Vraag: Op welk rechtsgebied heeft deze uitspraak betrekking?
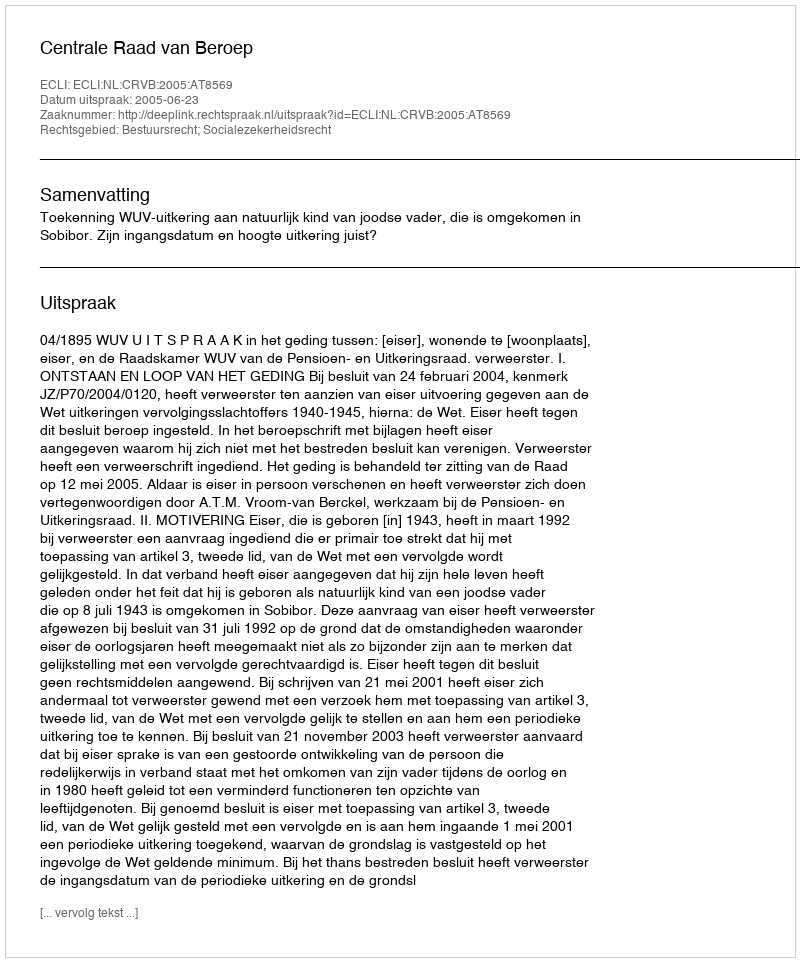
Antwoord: Bestuursrecht; Socialezekerheidsrecht